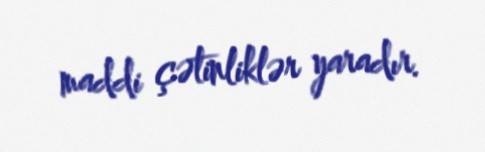
maddi çətinliklər yaradır.